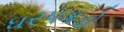
ધરપકડો